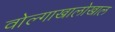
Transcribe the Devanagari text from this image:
वोल्गाखालोखाल